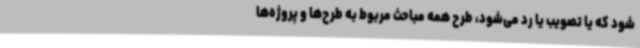
شود که یا تصویب یا رد می‌شود، طرح همه مباحث مربوط به طرح‌ها و پروژه‌ها